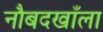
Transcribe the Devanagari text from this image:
नौबदखाँला